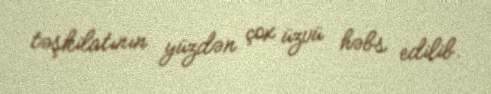
təşkilatının yüzdən çox üzvü həbs edilib.